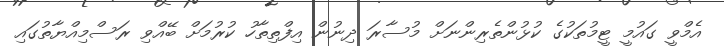
އެމްވީ ގައުމީ ޓީމުތަކުގެ ކުޅުންތެރިންނަށް މުސާރަ ދިނުން އިފްތިތާހު ކުރުމަށް ބޭއްވި ރަސްމިއްޔާތުގައި